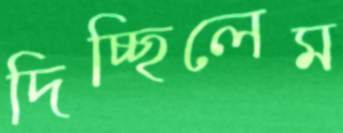
দিচ্ছিলেম